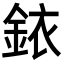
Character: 銥